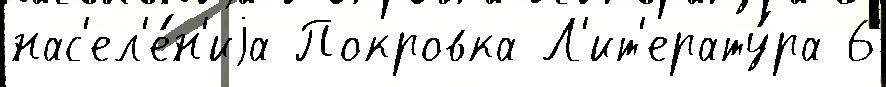
нас'ел'е́н'иjа Покровка Л'ит'ерату́ра 6